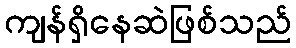
ကျန်ရှိနေဆဲဖြစ်သည်